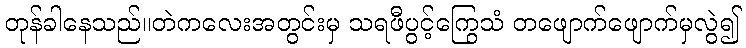
တုန်ခါနေသည်။တဲကလေးအတွင်းမှ သရဖီပွင့်ကြွေသံ တဖျောက်ဖျောက်မှလွဲ၍